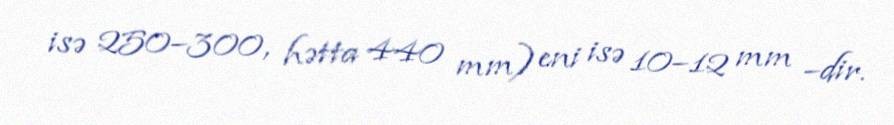
isə 250–300, hətta 440 mm) eni isə 10–12 mm –dir.